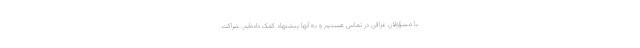
با مسؤولان عراقی در تماس هستیم و به آنها پیشنهاد کمک داده‌ایم. شراکت